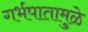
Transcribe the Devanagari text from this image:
गर्भपातामुळे